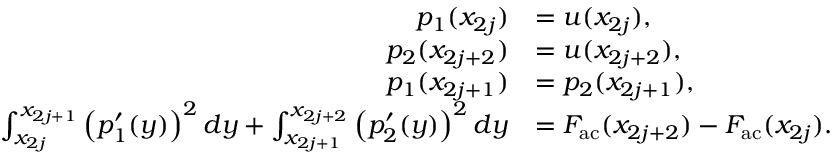
\begin{array} { r l } { p _ { 1 } ( x _ { 2 j } ) } & { = u ( x _ { 2 j } ) , } \\ { p _ { 2 } ( x _ { 2 j + 2 } ) } & { = u ( x _ { 2 j + 2 } ) , } \\ { p _ { 1 } ( x _ { 2 j + 1 } ) } & { = p _ { 2 } ( x _ { 2 j + 1 } ) , } \\ { \int _ { x _ { 2 j } } ^ { x _ { 2 j + 1 } } \left( p _ { 1 } ^ { \prime } ( y ) \right) ^ { 2 } d y + \int _ { x _ { 2 j + 1 } } ^ { x _ { 2 j + 2 } } \left( p _ { 2 } ^ { \prime } ( y ) \right) ^ { 2 } d y } & { = F _ { \mathrm { a c } } ( x _ { 2 j + 2 } ) - F _ { \mathrm { a c } } ( x _ { 2 j } ) . } \end{array}